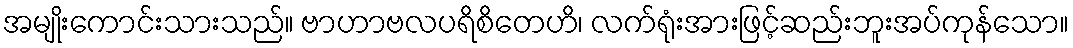
အမျိုးကောင်းသားသည်။ ဗာဟာဗလပရိစိတေဟိ၊ လက်ရုံးအားဖြင့်ဆည်းဘူးအပ်ကုန်သော။